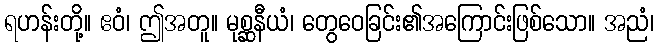
ရဟန်းတို့။ ဧဝံ၊ ဤအတူ။ မုစ္ဆနီယံ၊ တွေဝေခြင်း၏အကြောင်းဖြစ်သော။ အညံ၊